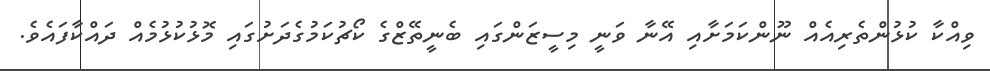
ވިއްކާ ކުޅުންތެރިއެއް ނޫންކަމަށާއި އޭނާ ވަނީ މިސީޒަންގައި ބެނީތޭޒްގެ ކޯޗުކަމުގެދަށުގައި މޮޅުކުޅުމެއް ދައްކާފައެވެ.